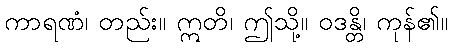
ကာရဏံ၊ တည်း။ ဣတိ၊ ဤသို့။ ဝဒန္တိ၊ ကုန်၏။